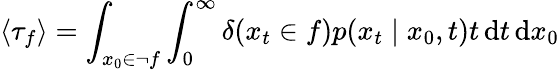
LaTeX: \langle\tau_{f}\rangle=\int_{x_{0}\in\lnot f}\int_{0}^{\infty}\delta({x_{t}\in f})p(x_{t}\mid x_{0},t)t\, \mathrm{d}t\, \mathrm{d}x_{0}